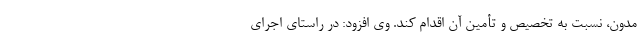
مدون، نسبت به تخصیص و تأمین آن اقدام کند. وی افزود: در راستای اجرای